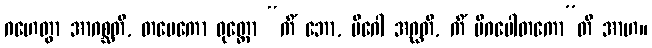
ဂဟေတွာ အာဂစ္ဆတိ, တမေကော ဓုတ္တော “ကိံ ဘော, မိဂေါ အဂ္ဃတိ, ကိံ မိဂပေါတကော”တိ အာဟ။